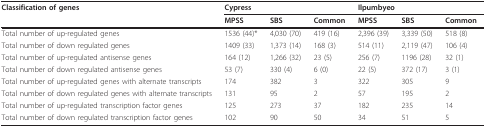
<table><thead><tr><td><b>Classification of genes</b></td><td colspan="3"><b>Cypress</b></td><td colspan="3"><b>Ilpumbyeo</b></td></tr><tr><td></td><td><b>MPSS</b></td><td><b>SBS</b></td><td><b>Common</b></td><td><b>MPSS</b></td><td><b>SBS</b></td><td><b>Common</b></td></tr></thead><tbody><tr><td>Total number of up-regulated genes</td><td>1536 (44)*</td><td>4,030 (70)</td><td>419 (16)</td><td>2,396 (39)</td><td>3,339 (50)</td><td>518 (8)</td></tr><tr><td>Total number of down regulated genes</td><td>1409 (33)</td><td>1,373 (14)</td><td>168 (3)</td><td>514 (11)</td><td>2,119 (47)</td><td>106 (4)</td></tr><tr><td>Total number of up-regulated antisense genes</td><td>164 (12)</td><td>1,266 (32)</td><td>23 (5)</td><td>256 (7)</td><td>1196 (28)</td><td>32 (1)</td></tr><tr><td>Total number of down regulated antisense genes</td><td>53 (7)</td><td>330 (4)</td><td>6 (0)</td><td>22 (5)</td><td>372 (17)</td><td>3 (1)</td></tr><tr><td>Total number of up-regulated genes with alternate transcripts</td><td>174</td><td>382</td><td>3</td><td>322</td><td>305</td><td>9</td></tr><tr><td>Total number of down regulated genes with alternate transcripts</td><td>131</td><td>95</td><td>2</td><td>57</td><td>195</td><td>2</td></tr><tr><td>Total number of up-regulated transcription factor genes</td><td>125</td><td>273</td><td>37</td><td>182</td><td>235</td><td>14</td></tr><tr><td>Total number of down regulated transcription factor genes</td><td>102</td><td>90</td><td>50</td><td>34</td><td>51</td><td>5</td></tr></tbody></table>